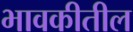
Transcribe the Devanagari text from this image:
भावकीतील